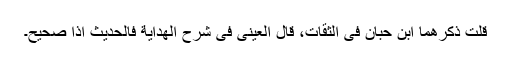
قلت ذکرھما ابن حبان فی الثقات، قال العینی فی شرح الھداية فالحدیث اذا صحيح۔